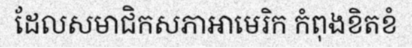
ដែលសមាជិកសភាអាមេរិក កំពុងខិតខំ